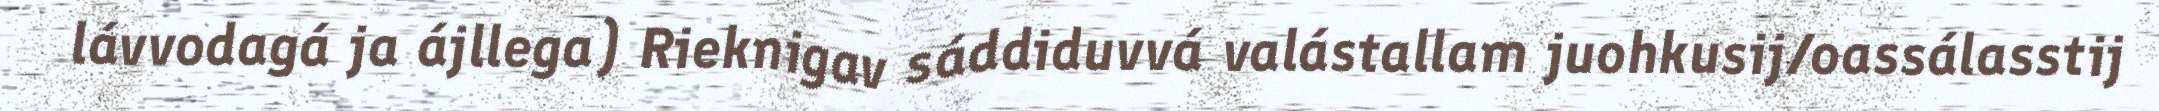
lávvodagá ja ájllega) Rieknigav sáddiduvvá valástallam juohkusij/oassálasstij